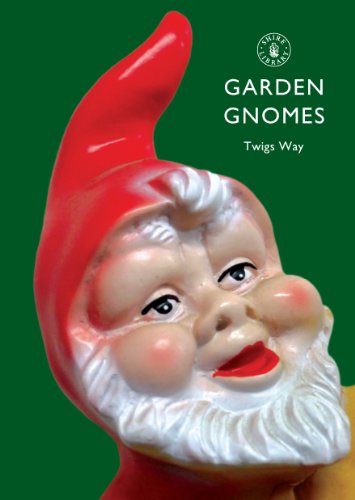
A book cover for Garden Gnomes: A History (Shire Library); Twigs Way; Crafts, Hobbies & Home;